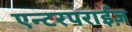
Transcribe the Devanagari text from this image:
एन्टरपराईज़